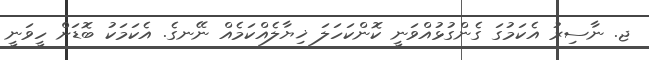
ޖ. ނާސިރު އެކަމުގަ ގެންގުޅުއްވަނީ ކޮންކަހަލަ ޚިޔާލެއްކަމެއް ނޭނގެ. އެކަމަކު ބޮޑަށް ހީވަނީ